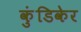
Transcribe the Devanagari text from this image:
कुंडिकेर